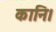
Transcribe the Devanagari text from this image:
कानि।